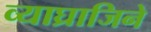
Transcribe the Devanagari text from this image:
व्याघ्राजिने